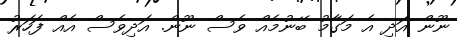
ނޫން އަދި އެ މަގާމު ބޭނުމެއް ވެސް ނޫން. އަދިވެސް އެއް ފަހަރު